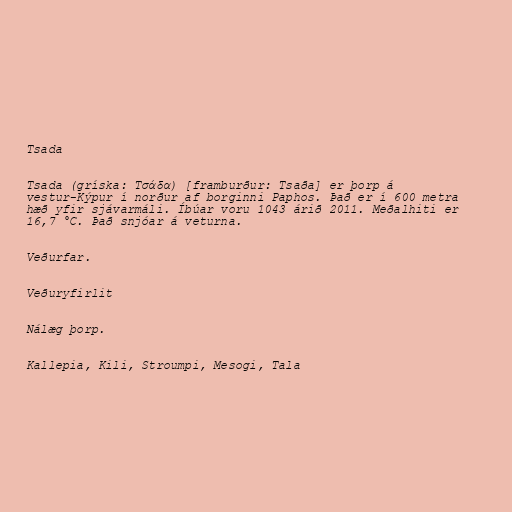
Tsada

Tsada (gríska: Τσάδα) [framburður: Tsaða] er þorp á
vestur-Kýpur í norður af borginni Paphos. Það er í 600 metra
hæð yfir sjávarmáli. Íbúar voru 1043 árið 2011. Meðalhiti er
16,7 °C. Það snjóar á veturna.

Veðurfar.

Veðuryfirlit

Nálæg þorp.

Kallepia, Kili, Stroumpi, Mesogi, Tala